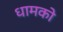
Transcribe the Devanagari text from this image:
धामको